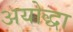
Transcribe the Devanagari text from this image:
अयोद्धा